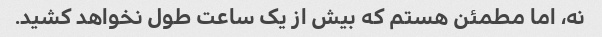
نه، اما مطمئن هستم که بیش از یک ساعت طول نخواهد کشید.